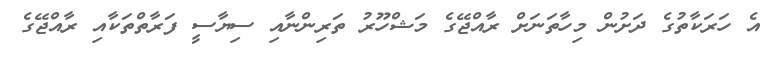
އެ ހަރަކާތުގެ ދަށުން މިހާތަނަށް ރާއްޖޭގެ މަޝްހޫރު ތަރިންނާއި ސިޔާސީ ފަރާތްތަކާއި ރާއްޖޭގެ